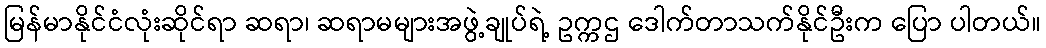
မြန်မာနိုင်ငံလုံးဆိုင်ရာ ဆရာ၊ ဆရာမများအဖွဲ့ချုပ်ရဲ့ ဥက္ကဌ ဒေါက်တာသက်နိုင်ဦးက ပြော ပါတယ်။